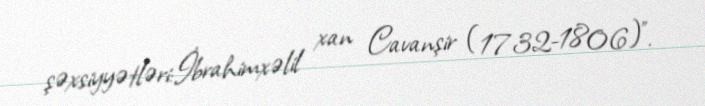
şəxsiyyətləri:İbrahimxəlil xan Cavanşir (1732-1806)".